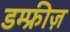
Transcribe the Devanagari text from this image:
डम्फ्रीज़